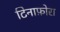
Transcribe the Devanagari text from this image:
टिनाफ़ोरा